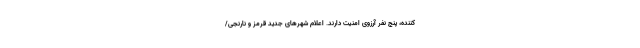
کننده، پنج نفر آرزوی امنیت دارند. اعلام شهر‌های جدید قرمز و نارنجی/